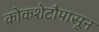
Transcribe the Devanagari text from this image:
कोकशेटौपासून